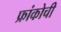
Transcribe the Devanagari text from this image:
फ्रांकोची